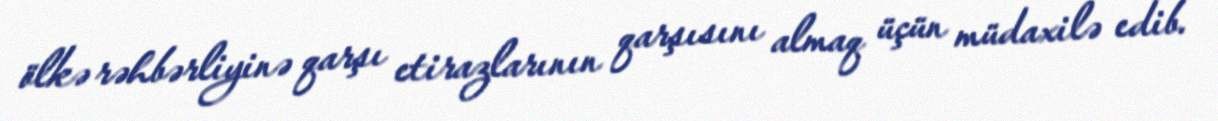
ölkə rəhbərliyinə qarşı etirazlarının qarşısını almaq üçün müdaxilə edib.